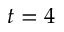
t = 4